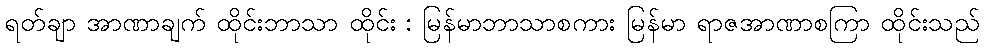
ရတ်ချာ အာဏာချက် ထိုင်းဘာသာ ထိုင်း : မြန်မာဘာသာစကား မြန်မာ ရာဇအာဏာစကြာ ထိုင်းသည်